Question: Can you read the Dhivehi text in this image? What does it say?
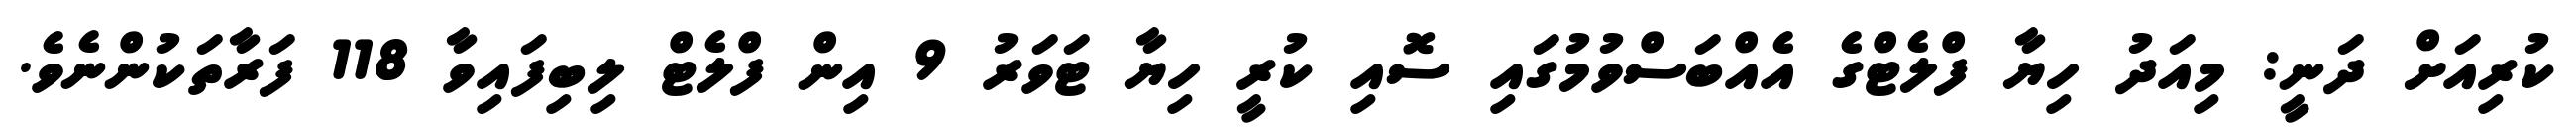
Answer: ކުރިއަށް ދަނީ: މިއަދު ހިޔާ ފްލެޓްގެ އެއްބަސްވުމުގައި ސޮއި ކުރީ ހިޔާ ޓަވަރު 9 އިން ފްލެޓް ލިބިފައިވާ 118 ފަރާތަކުންނެވެ.